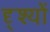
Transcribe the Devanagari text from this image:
दृ्श्यों